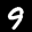
Label: 9